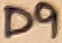
Text: D9